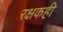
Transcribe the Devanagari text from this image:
रक्षकही